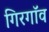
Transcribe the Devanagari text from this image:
गिरगॉव